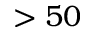
> 5 0